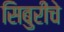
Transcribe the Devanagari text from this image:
सिबुरीचे